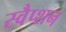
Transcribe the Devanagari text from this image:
स्वैप्शन